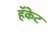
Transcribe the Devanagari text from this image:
हॅकेट